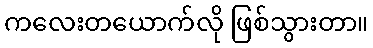
ကလေးတယောက်လို ဖြစ်သွားတာ။